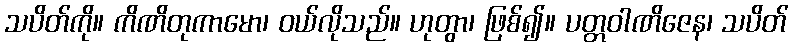
သပိတ်ကို။ ကိဏိတုကာမော၊ ဝယ်လိုသည်။ ဟုတွာ၊ ဖြစ်၍။ ပတ္တဝါဏိဇေန၊ သပိတ်